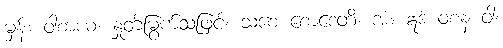
မှန်။ ဝါစာယ၊ နှုတ်မြွက်သဖြင့်။ သစေ စောဒေတိ၊ အံ့။ ဣဒံ ဝစနံ ဝါ၊